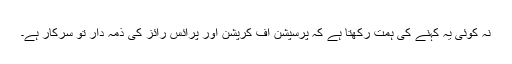
نہ کوئی یہ کہنے کی ہمت رکھتا ہے کہ پرسپشن آف کرپشن اور پرائس رائز کی ذمہ دار تو سرکار ہے۔